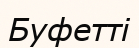
Буфетті